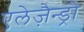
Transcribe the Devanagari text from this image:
एलेज़ैन्ड्रो